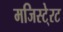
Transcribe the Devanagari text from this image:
मजिस्टे्रट